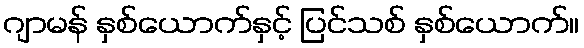
ဂျာမန် နှစ်ယောက်နှင့် ပြင်သစ် နှစ်ယောက်။